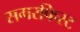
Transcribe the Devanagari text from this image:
समरफिस्ट